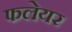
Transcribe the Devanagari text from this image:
फलेयर